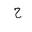
Letter: _ha